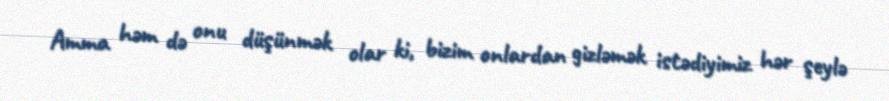
Amma həm də onu düşünmək olar ki, bizim onlardan gizləmək istədiyimiz hər şeylə